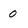
Character: 0